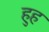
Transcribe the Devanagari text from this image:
हुह